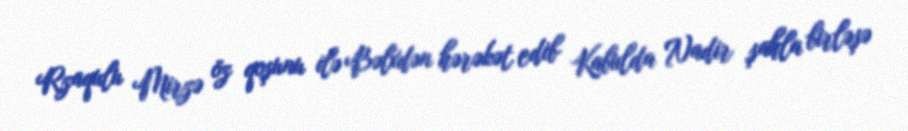
Rzaqulu Mirzə öz qoşunu ilə Bəlxdən hərəkət edib Kabulda Nadir şahla birləşə